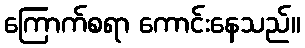
ကြောက်စရာ ကောင်းနေသည်။